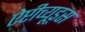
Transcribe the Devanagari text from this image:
ऐप्टीच्यूड्स